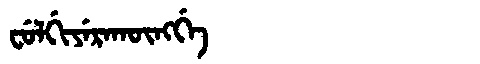
Manchu: ᠸᡠᠯᡤᡳᠶᡝᡵᠠᡴᡡᠩᡤᡝ
Romanization: FULGIYERAKŪNGGE